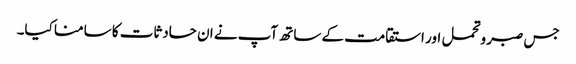
جس صبر وتحمل اور استقامت کے ساتھ آپ نے ان حادثات کا سامنا کیا۔